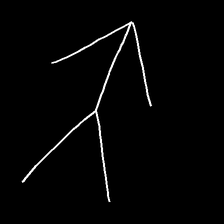
Glyph: gather